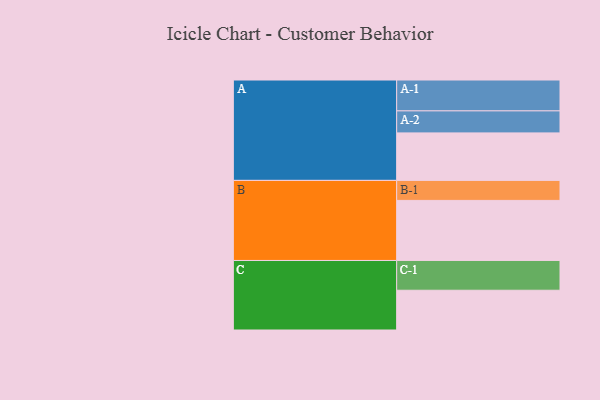
{"axis": {"x": "Segment", "y": "Value"}, "legend": ["", "A", "B", "C"], "data": [{"x": "A", "y": 423, "type": ""}, {"x": "B", "y": 535, "type": ""}, {"x": "C", "y": 354, "type": ""}, {"x": "A-1", "y": 275, "type": "A"}, {"x": "A-2", "y": 196, "type": "A"}, {"x": "B-1", "y": 178, "type": "B"}, {"x": "C-1", "y": 265, "type": "C"}]}